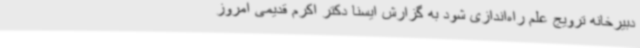
دبیرخانه ترویج علم راه‌اندازی شود به گزارش ایسنا دکتر اکرم قدیمی امروز